Laimjala_vallavalitsus, lk 34
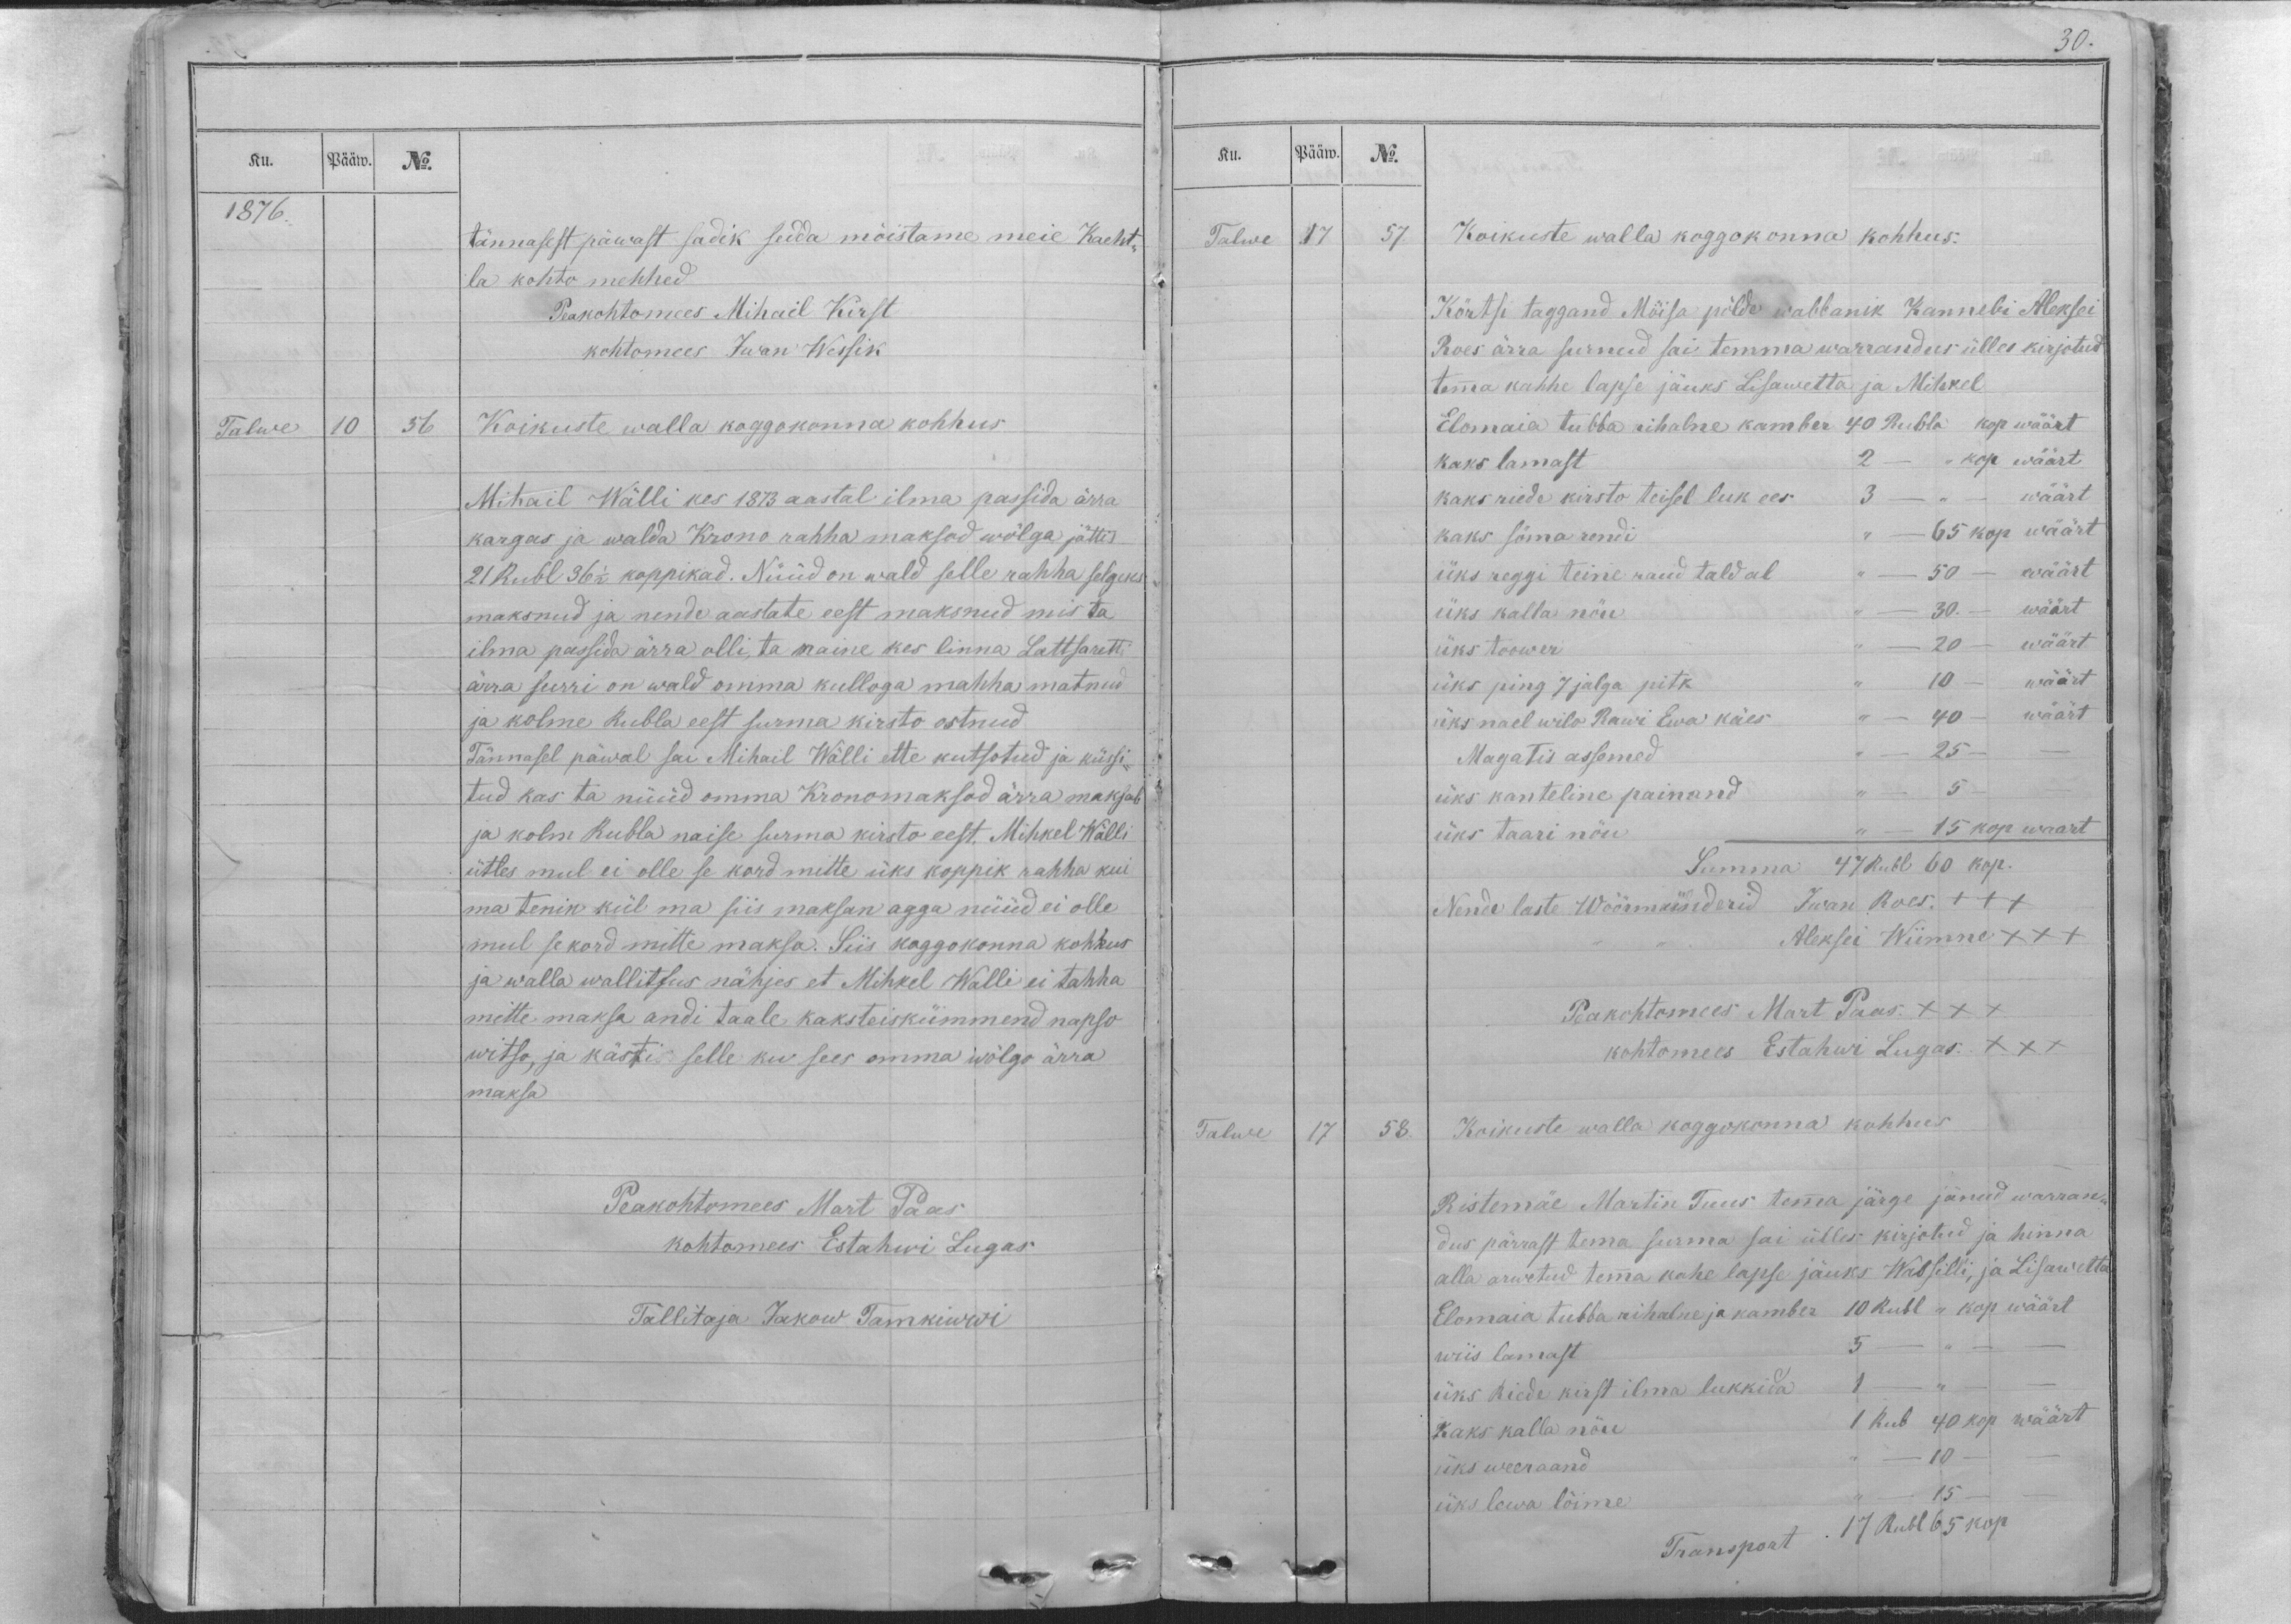
Ku.
Pääw.
No.
1876.
tännasest päwast sadik sedda möistame meie Kaeht-
la kohto mehhed
Peakohtomees Mihail Kirst
kohtomees Iwan Wessik
Talwe
10
56
Koikuste walla koggokonna kohhus
Mihail Wälli kes 1873 aastal ilma passida ärra
kargas ja walda Krono rahha maksod wölga jättis
21 Rubl 36 1/2 koppikad. Nüüd on wald selle rahha selgeks
maksnud ja nende aastate eest maksnud mis ta
ilma passida ärra olli, ta naine kes linna Lattsaretti
ärra surri on wald omma kulloga mahha matnud
ja kolme Rubla eest surma kirsto ostnud
Tännasel päwal sai Mihail Wälli ette kutsotud ja küssi-
tud kas ta nüüd omma Kronomaksod ärra maksab
ja kolm Rubla naise surma kirsto eest. Mihkel Wälli
ütles mul ei olle se kord mitte üks koppik rahha kui
ma tenin kül ma siis maksan agga nüüd ei olle
mul se kord mitte maksa. Siis koggokonna kohhus
ja walla wallitsus nähjes et Mihkel Walli ei tahha
mitte maksa andi taale kaksteiskümmend napso
witso, ja kästi selle ku sees omma wölgo ärra
maksa
Peakohtomees Mart Paas
kohtomees Estahwi Lugas
Tallitaja Jakow Tamkiwwi

30.
Ku.
Pääw.
No.
Talwe
17
57.
Koikuste walla koggokonna kohhus.
Körtsi taggand Möisa pölde wabbanik Kannebi Aleksei
Roes ärra surnud sai temma warrandus ülles kirjotud
temma kahhe lapse jäuks Lisawetta ja Mihkel
Elomaia tubba rihalne kamber 40 Rubla kop wäärt
kaks lamast 2 - ,,  kop wäärt
kaks riede kirsto teisel luk ees 3 - ,, - wäärt
kaks söma rendi ,, -  65 kop wäärt
üks reggi teine raud taldal ,, - 50 - wäärt
üks kalla nöu ,, - 30. - wäärt
üks toower ,, - 20 - wäärt
üks ping 7 jalga pitk ,, 10 - wäärt
üks nael wilo Rawi Ewa käes ,, - 40 - wäärt
Magatis assemed ,, - 25 - -
üks kanteline painand ,, - 5 - -
üks taari nöu ,, -  15 kop waart
Summa 47 Rubl 60 kop.
Nende laste Wöörmünderid Iwan Roes +++
,, ,, Aleksei Wiimne XXX
Peakohtomees Mart Paas. XXX
kohtomees Estahwi Lugas. XXX
Talwe
17
58.
Koikuste walla koggokonna kohhus
Ristemäe Martin Tuus temma järge jänud warran-
dus pärrast tema surma sai ülles kirjotud ja hinna
alla arwetud temma kahe lapse jäuks Wassilli, ja Lisawetta
Elomaia tubba rihalne ja kamber 10 Rubl ,, kop wäärt
wiis lamast 5 - ,, - -
üks Riede kirst ilma lukkida 1 - ,, - -
kaks kalla nöu 1 Rub 40 kop wäärt
üks weeraand ,, - 10 - -
üks lewa löime ,, - 15 - -
Transport 17 Rubl 65 kop